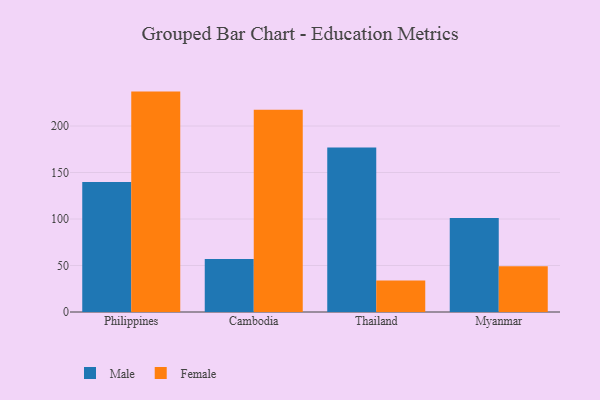
{"axis": {"x": "Country", "y": "Active Users"}, "legend": ["Female", "Male"], "data": [{"x": "Philippines", "y": 139.8, "type": "Male"}, {"x": "Philippines", "y": 237.0, "type": "Female"}, {"x": "Cambodia", "y": 56.9, "type": "Male"}, {"x": "Cambodia", "y": 217.5, "type": "Female"}, {"x": "Thailand", "y": 177.0, "type": "Male"}, {"x": "Thailand", "y": 33.8, "type": "Female"}, {"x": "Myanmar", "y": 101.0, "type": "Male"}, {"x": "Myanmar", "y": 49.2, "type": "Female"}]}